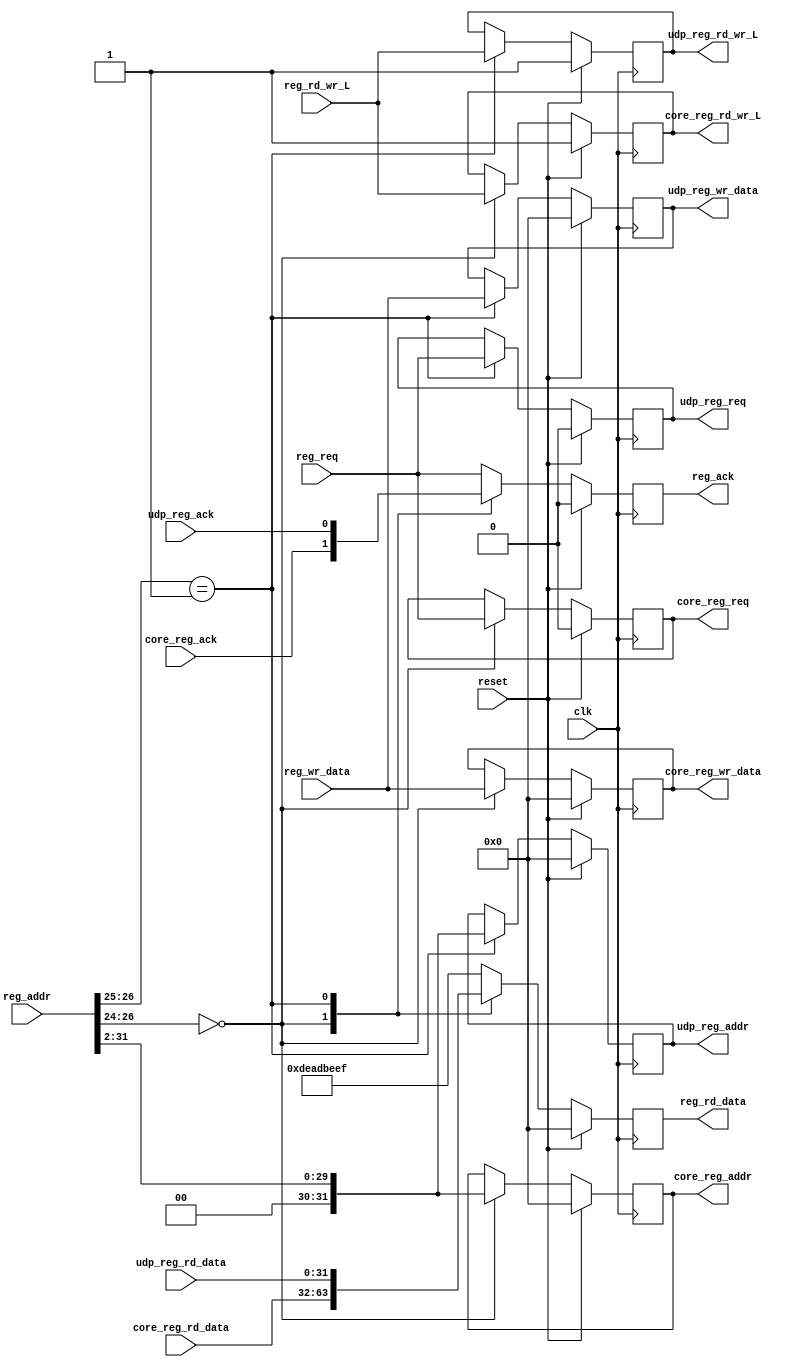

module udp_reg_path_decode (
   input                reg_req,
   input                reg_rd_wr_L,
   input [31:0]         reg_addr,
   input [31:0]         reg_wr_data,
   
   output reg           reg_ack,
   output reg [31:0]    reg_rd_data,

   // interface to core registers
   output reg           core_reg_req,
   output reg           core_reg_rd_wr_L,
   output reg [31:0]    core_reg_addr,
   output reg [31:0]    core_reg_wr_data,

   input                core_reg_ack,
   input [31:0]         core_reg_rd_data,

   // interface to user data path
   output reg           udp_reg_req,
   output reg           udp_reg_rd_wr_L,
   output reg [31:0]    udp_reg_addr,
   output reg [31:0]    udp_reg_wr_data,

   input                udp_reg_ack,
   input [31:0]         udp_reg_rd_data,


   input                clk,
   input                reset
);
   always @(posedge clk) begin

      if(reset) begin
         reg_ack <= 1'b0;
         reg_rd_data <= 32'h0;

         core_reg_req <= 1'b0;
         core_reg_rd_wr_L <= 1'b1;
         core_reg_addr <= 31'h0;
         core_reg_wr_data <= 31'h0;

         udp_reg_req <= 1'b0;
         udp_reg_rd_wr_L <= 1'b1;
         udp_reg_addr <= 31'h0;
         udp_reg_wr_data <= 31'h0;
      end
      else begin
         casez (reg_addr[26:24])
           3'b000: begin
              reg_ack <= core_reg_ack;
              reg_rd_data <= core_reg_rd_data;

              core_reg_req <= reg_req;
              core_reg_rd_wr_L <= reg_rd_wr_L;
              core_reg_addr <= reg_addr[31:2];
              core_reg_wr_data <= reg_wr_data;
           end

           3'b01?: begin
              reg_ack <= udp_reg_ack;
              reg_rd_data <= udp_reg_rd_data;

              udp_reg_req <= reg_req;
              udp_reg_rd_wr_L <= reg_rd_wr_L;
              udp_reg_addr <= reg_addr[31:2];
              udp_reg_wr_data <= reg_wr_data;
           end
           
           default: begin
              reg_ack <= reg_req;
              reg_rd_data <= 32'h DEAD_BEEF;
           end 
         endcase
      end

   end

endmodule